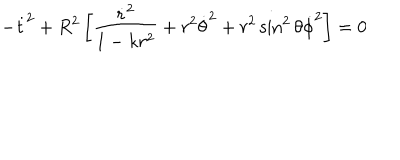
- { \dot { t } } ^ { 2 } + R ^ { 2 } \left[ \frac { { \dot { r } } ^ { 2 } } { 1 - k r ^ { 2 } } + r ^ { 2 } { \dot { \theta } } ^ { 2 } + r ^ { 2 } \sin ^ { 2 } { \theta } { \dot { \phi } } ^ { 2 } \right] = 0